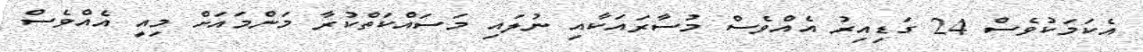
އެކަމަކުވެސް 24 ގަޑިއިރު އެއްވެސް މުސާރައަކާއި ނުލައި މަސައްކަތްކުރާ މަންމައަށް މިއީ އެއްވެސް